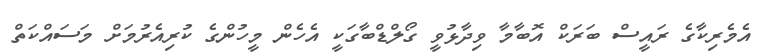
އެމެރިކާގެ ރައީސް ބަރަކް އޮބާމާ ވިދާޅުވީ ގޯލްޑްބާގަކީ އެހެން މީހުންގެ ކުރިއެރުމަށް މަސައްކަތް